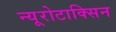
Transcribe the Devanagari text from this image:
न्यूरोटाक्सिन